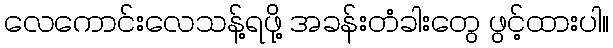
လေကောင်းလေသန့်ရဖို့ အခန်းတံခါးတွေ ဖွင့်ထားပါ။